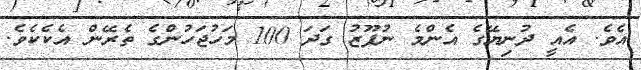
އެވެ. އެއީ ދުނިޔޭގެ އެންމެ ނުފޫޒު ގަދަ 100 މަހުޖަހުންގެ ތެރޭން އެކެކެވެ.